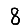
Digit: 8